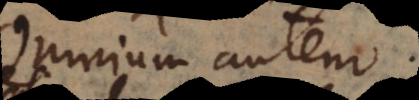
Omnium autem